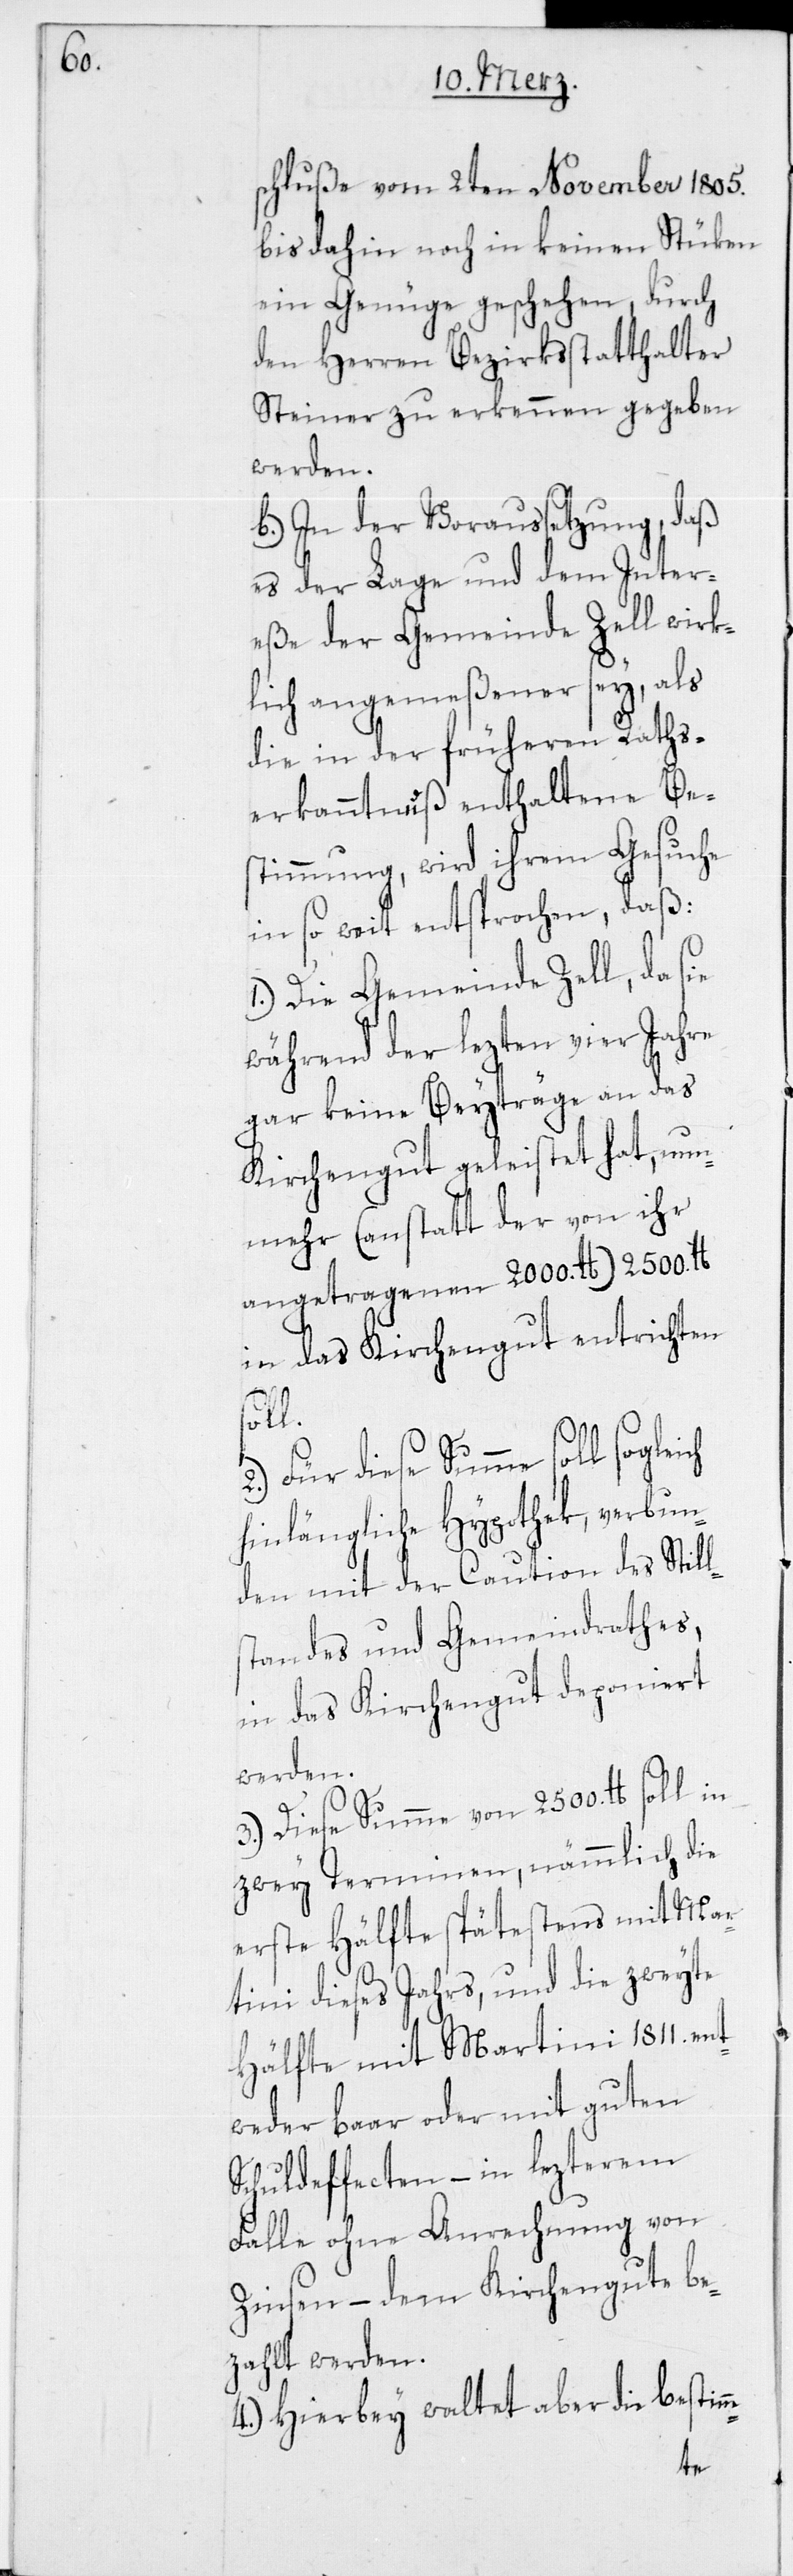
ich

schluße vom 2ten November 1805.
bis dahin noch in keinen Stüken
ein Genüge geschehen, durch
den Herren Bezirksstatthalter
Steiner zu erkennen gegeben
werden.
b) In der Voraussetzung, daß
es der Lage und dem Inter¬
eße der Gemeinde Zell wirk¬
lich angemeßener sey, als
die in der früheren Raths¬
erkanntnuß enthaltene Be¬
stimmung, wird ihrem Gesuche
in so weit entsprochen, daß:
1.) Die Gemeinde Zell, da sie
während der lezten vier Jahre
gar keine Beyträge an das
Kirchengut geleistet hat, nun¬
mehr (anstatt der von ihr
angetragenen 2000. lb) 2500. lb
in das Kirchengut entrichten
soll.
standes und Gemeindrathes,
hinlängliche Hypothek, verbun¬
den mit der Caution des Still¬
in das Kirchengut deponiert
werden.
3.) Diese Summe von 2500. lb soll in
zwey Terminen, nämmlich die
erste Hälfte spätestens mit Mar¬
tini dieses Jahrs, und die zweyte
Hälfte mit Martini 1811. ent¬
weder baar oder mit guten
Schuldeffecten – in lezterem
Falle ohne Anrechnung von
Zinsen – dem Kirchengute be¬
zahlt werden.
4.) Hierbey waltet aber die bestim¬
m-